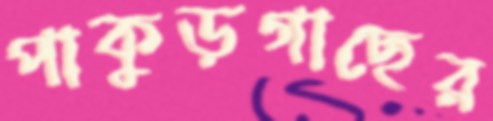
পাকুড়গাছের